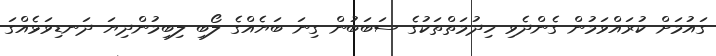
ގައުމަށް ކުރައްވަމުން ގެންދެވި ހިދުމަތްތަކުގެ ސަބަބުން ގިނަ ބަޔެއްގެ ލޯބި ލިބިމުންދިޔަ ދަނޑިވަޅެއްގަ